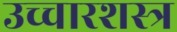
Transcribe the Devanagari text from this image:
उच्चारशस्त्र